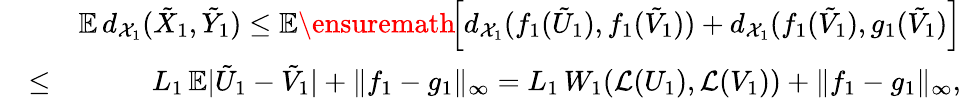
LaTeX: \begin{array}{rlr}&{}&{\mathbb{E}\, d_{\mathcal{X}_{1}}(\tilde{X}_{1},\tilde{Y}_{1})\leq\mathbb{E}\ensuremath{\! \left[d_{\mathcal{X}_{1}}(f_{1}(\tilde{U}_{1}),f_{1}(\tilde{V}_{1}))+d_{\mathcal{X}_{1}}(f_{1}(\tilde{V}_{1}),g_{1}(\tilde{V}_{1})\right]}}\\ &{\le}&{L_{1}\, \mathbb{E}|\tilde{U}_{1}-\tilde{V}_{1}|+\| f_{1}-g_{1}\| _{\infty}=L_{1}\, W_{1}(\mathcal{L}(U_{1}),\mathcal{L}(V_{1}))+\| f_{1}-g_{1}\| _{\infty},}\end{array}